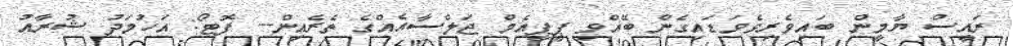
ރައީސް ޔާމީން ބައިވެރިވެވަޑައިގެން ބޭއްވި ޕީޕީއެމް ޖަލްސާއެއްގެ ތެރެއިން-- ފޮޓޯ: އަހުމަދު ޝުރާއު